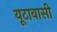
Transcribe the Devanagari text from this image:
यूटावासी